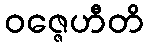
ဝဇ္ဇေဟီတိ